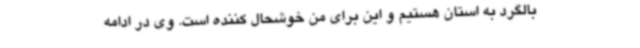
بالگرد به استان هستیم و این برای من خوشحال کننده است. وی در ادامه